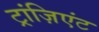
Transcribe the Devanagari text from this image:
ट्रांज़िएंट